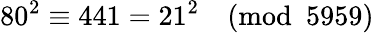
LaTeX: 80^{2}\equiv 441=21^{2}{\pmod{5959}}